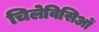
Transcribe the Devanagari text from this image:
चिलेविसिओं